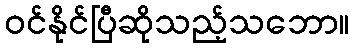
ဝင်နိုင်ပြီဆိုသည့်သဘော။